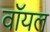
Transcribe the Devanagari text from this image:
वॉयल